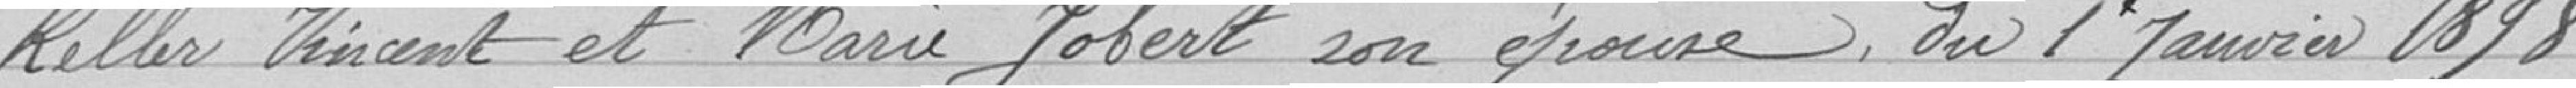
Keller Vincent et Marie Jobert son épouse, du 1er Janvier 1898